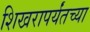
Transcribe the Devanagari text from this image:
शिखरापर्यंतच्या